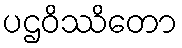
ပဌဝိဿိတော